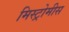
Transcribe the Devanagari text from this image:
मिस्ट्रोमीस